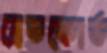
ব্রেডফোর্ড